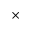
\times